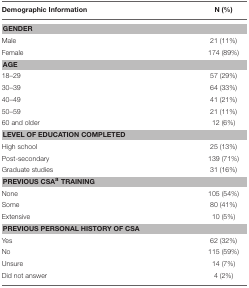
| Demographic Information | N (%) |
 | --- | --- |
 | <COLSPAN=2> GENDER |
 | Male | 21 (11%) |
 | Female | 174 (89%) |
 | <COLSPAN=2> AGE |
 | 18–29 | 57 (29%) |
 | 30–39 | 64 (33%) |
 | 40–49 | 41 (21%) |
 | 50–59 | 21 (11%) |
 | 60 and older | 12 (6%) |
 | <COLSPAN=2> LEVEL OF EDUCATION COMPLETED |
 | High school | 25 (13%) |
 | Post-secondary | 139 (71%) |
 | Graduate studies | 31 (16%) |
 | <COLSPAN=2> PREVIOUS CSAa TRAINING |
 | None | 105 (54%) |
 | Some | 80 (41%) |
 | Extensive | 10 (5%) |
 | <COLSPAN=2> PREVIOUS PERSONAL HISTORY OF CSA |
 | Yes | 62 (32%) |
 | No | 115 (59%) |
 | Unsure | 14 (7%) |
 | Did not answer | 4 (2%) |